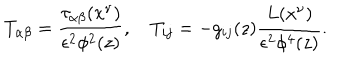
T _ { \alpha \beta } = \frac { \tau _ { \alpha \beta } ( x ^ { \nu } ) } { \epsilon ^ { 2 } \phi ^ { 2 } ( z ) } , ~ T _ { i j } = - g _ { i j } ( z ) \frac { L ( x ^ { \nu } ) } { \epsilon ^ { 2 } \phi ^ { 4 } ( z ) } .